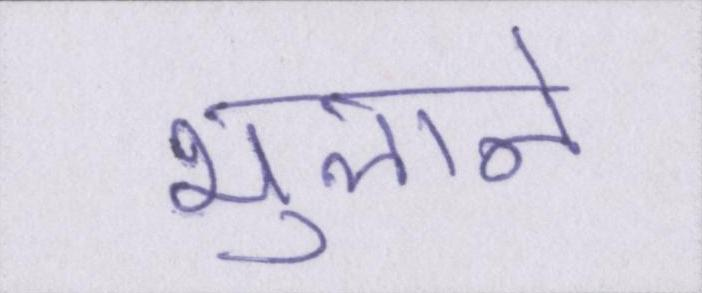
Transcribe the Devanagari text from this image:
भुलाने